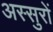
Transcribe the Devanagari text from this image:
अस्सुरों